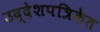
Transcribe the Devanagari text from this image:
उद्देशपत्रिकेत